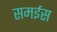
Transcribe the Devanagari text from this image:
समईस